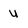
Character: u